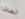
لماذا